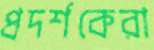
প্রদর্শকেরা